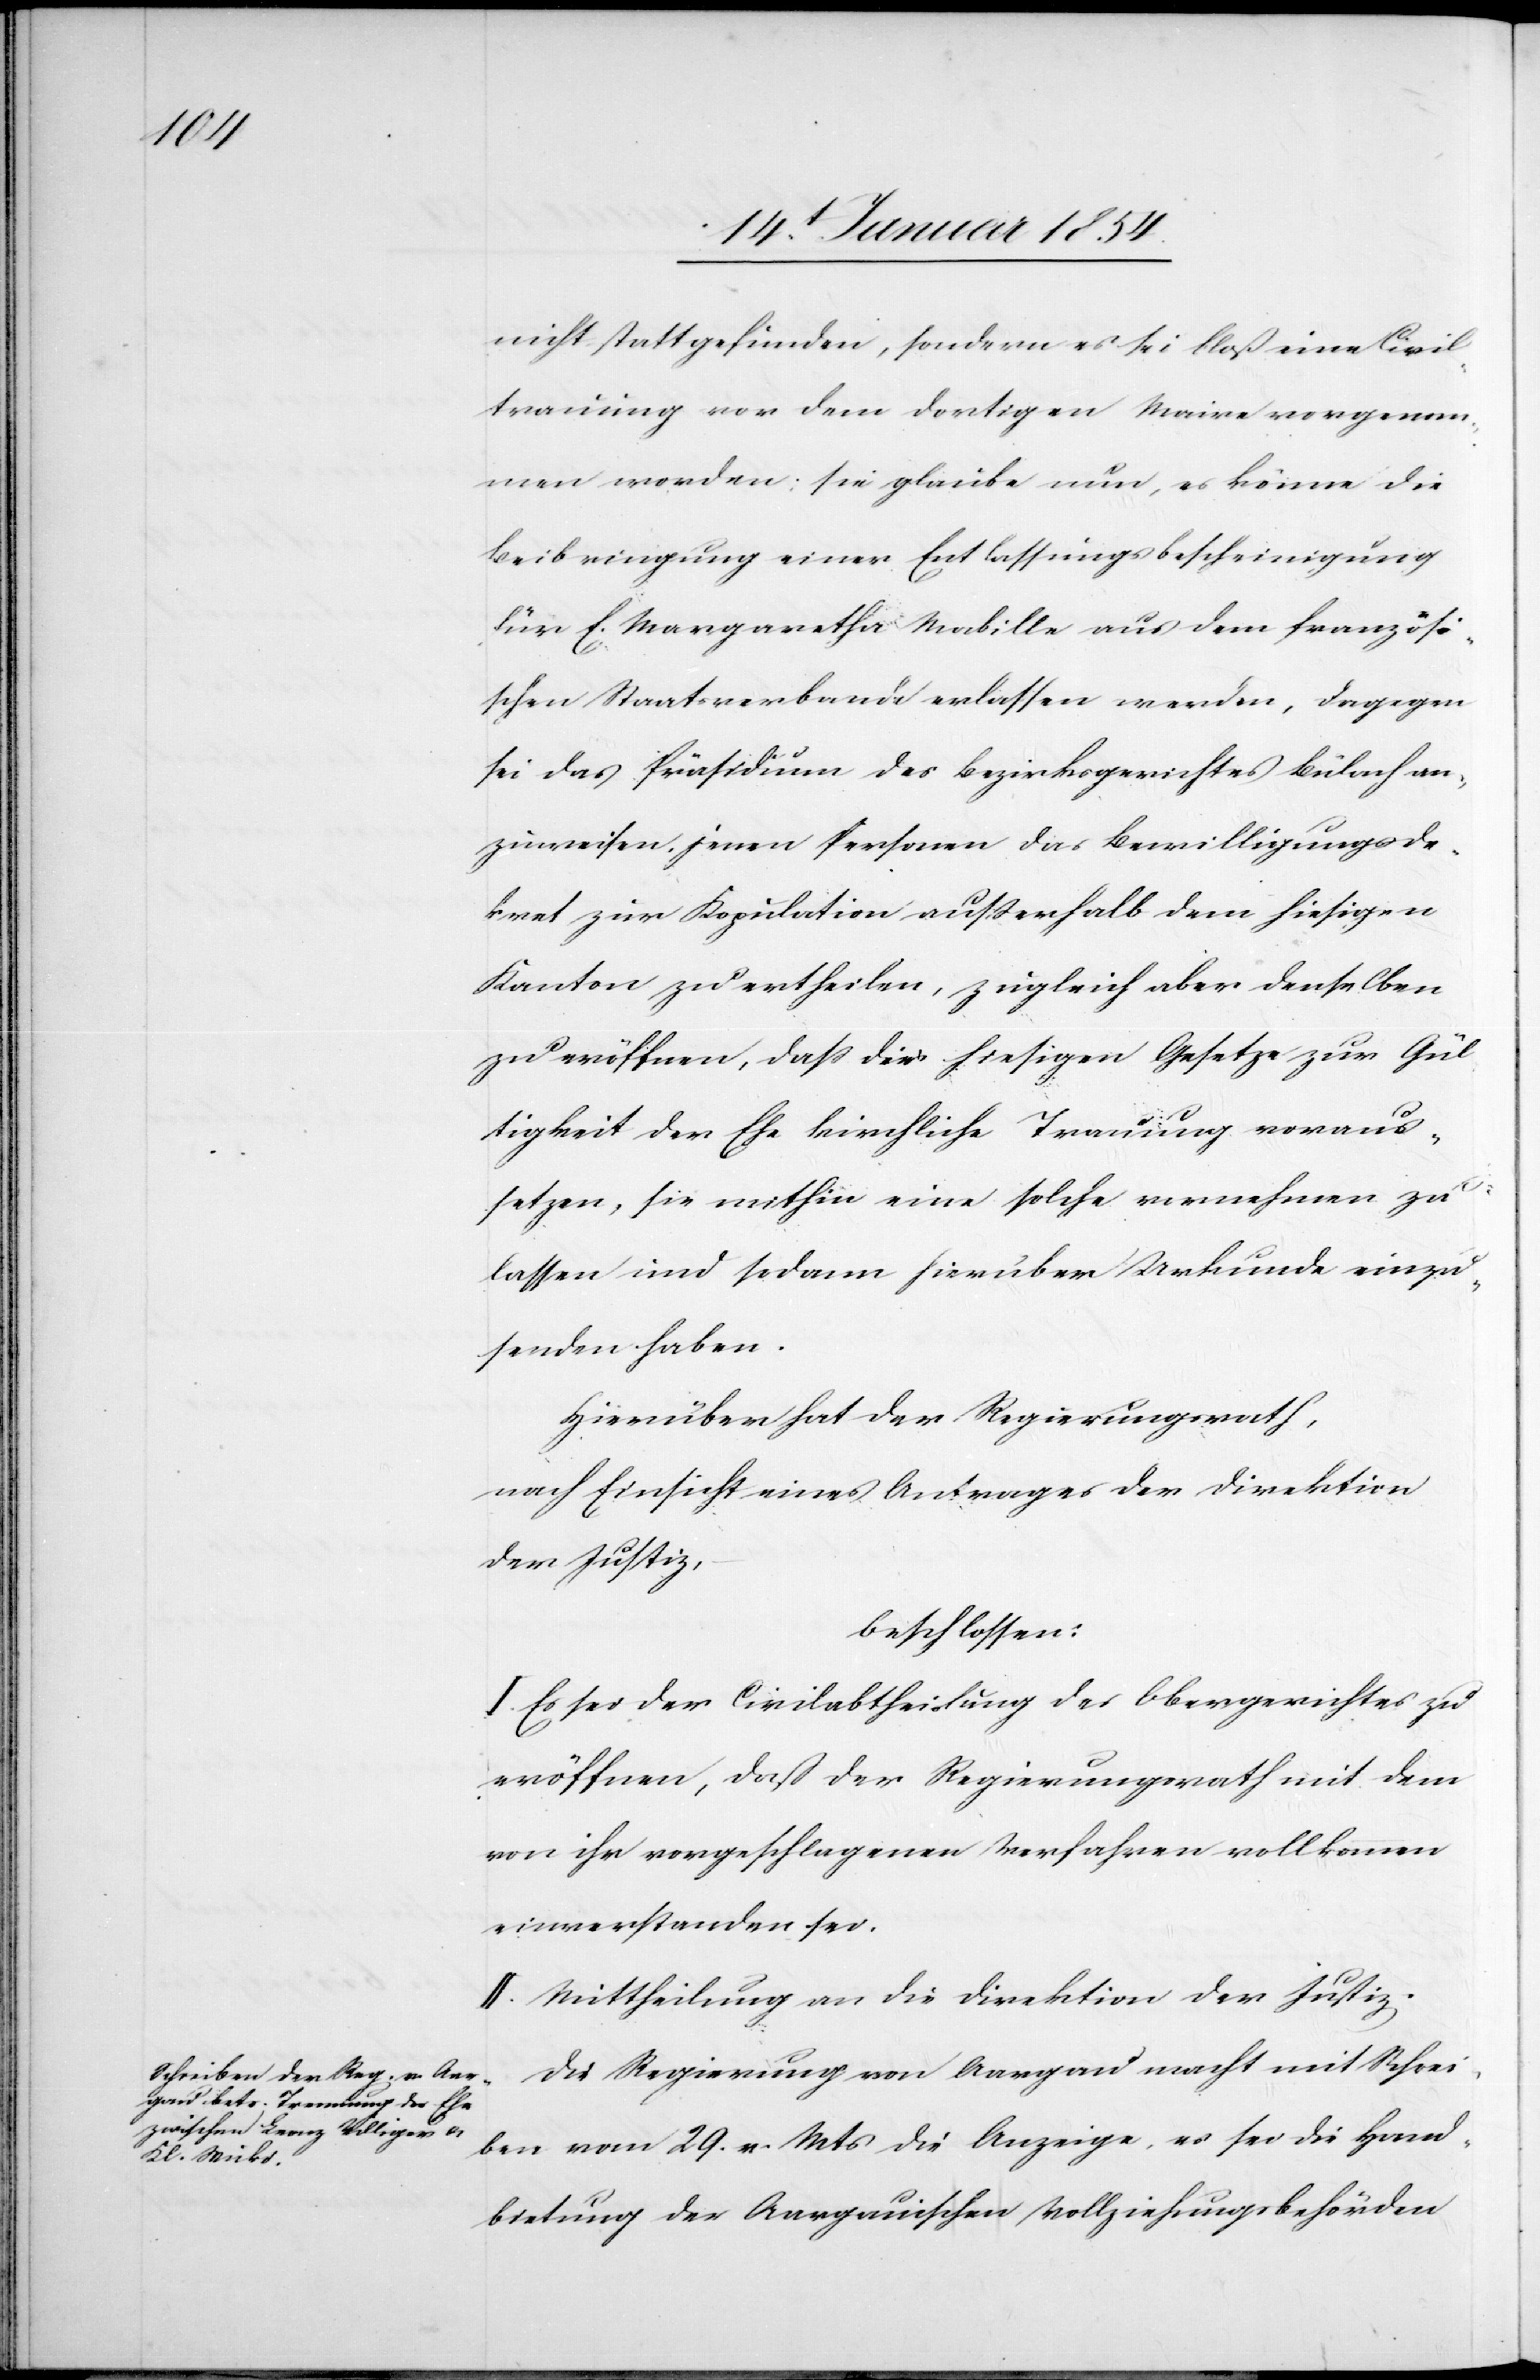
nicht stattgefunden, sondern es sei bloß eine Civil¬
trauung von dem dortigen Maire vorgenom¬
men worden.; sie glaube nun, es könne die
Beibringung einer Entlassungsbescheinigung
für E. Margaretha Mabille aus dem französi¬
schen Staatsverbunde erlassen werden, dagegen
sei das Präsidium des Bezirksgerichtes Bülach an¬
zuweisen, jenen Personen das Bewilligungsde¬
kret zur Kopulation außerhalb dem hiesigen
Kanton zu ertheilen, zugleich aber denselben
zu eröffnen, daß die hiesigen Gesetze zur Gül¬
tigkeit der Ehe kirchliche Trauung voraus¬
setzen, sie mithin eine solche vornehmen zu
lassen und sodann hierüber Urkunde einzu¬
senden haben.
Hierüber hat der Regierungsrath,
nach Einsicht eines Antrages der Direktion
der Justiz,
beschlossen:
I. Es sei der Civilabtheilung des Obergerichtes zu
eröffnen, daß der Regierungsrath mit dem
von ihr vorgeschlagenen Verfahren vollkommen
einverstanden sei.
II. Mittheilung an die Direktion der Justiz.
Die Regierung von Aargau macht mit Schrei¬
ben vom 29. v. Mts die Anzeige, es sei die Hand¬
bietung der Aargauischen Vollziehungsbehörden